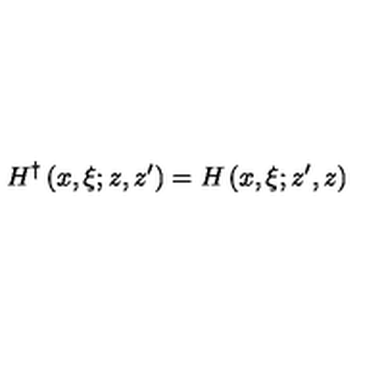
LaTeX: H ^ { \dagger } \left( x , \xi ; z , z ^ { \prime } \right) = H \left( x , \xi ; z ^ { \prime } , z \right)